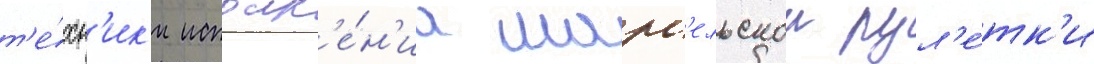
т'е́хн'ик'и исполн'е́н'иа марс'ельскои рул'е́тк'и